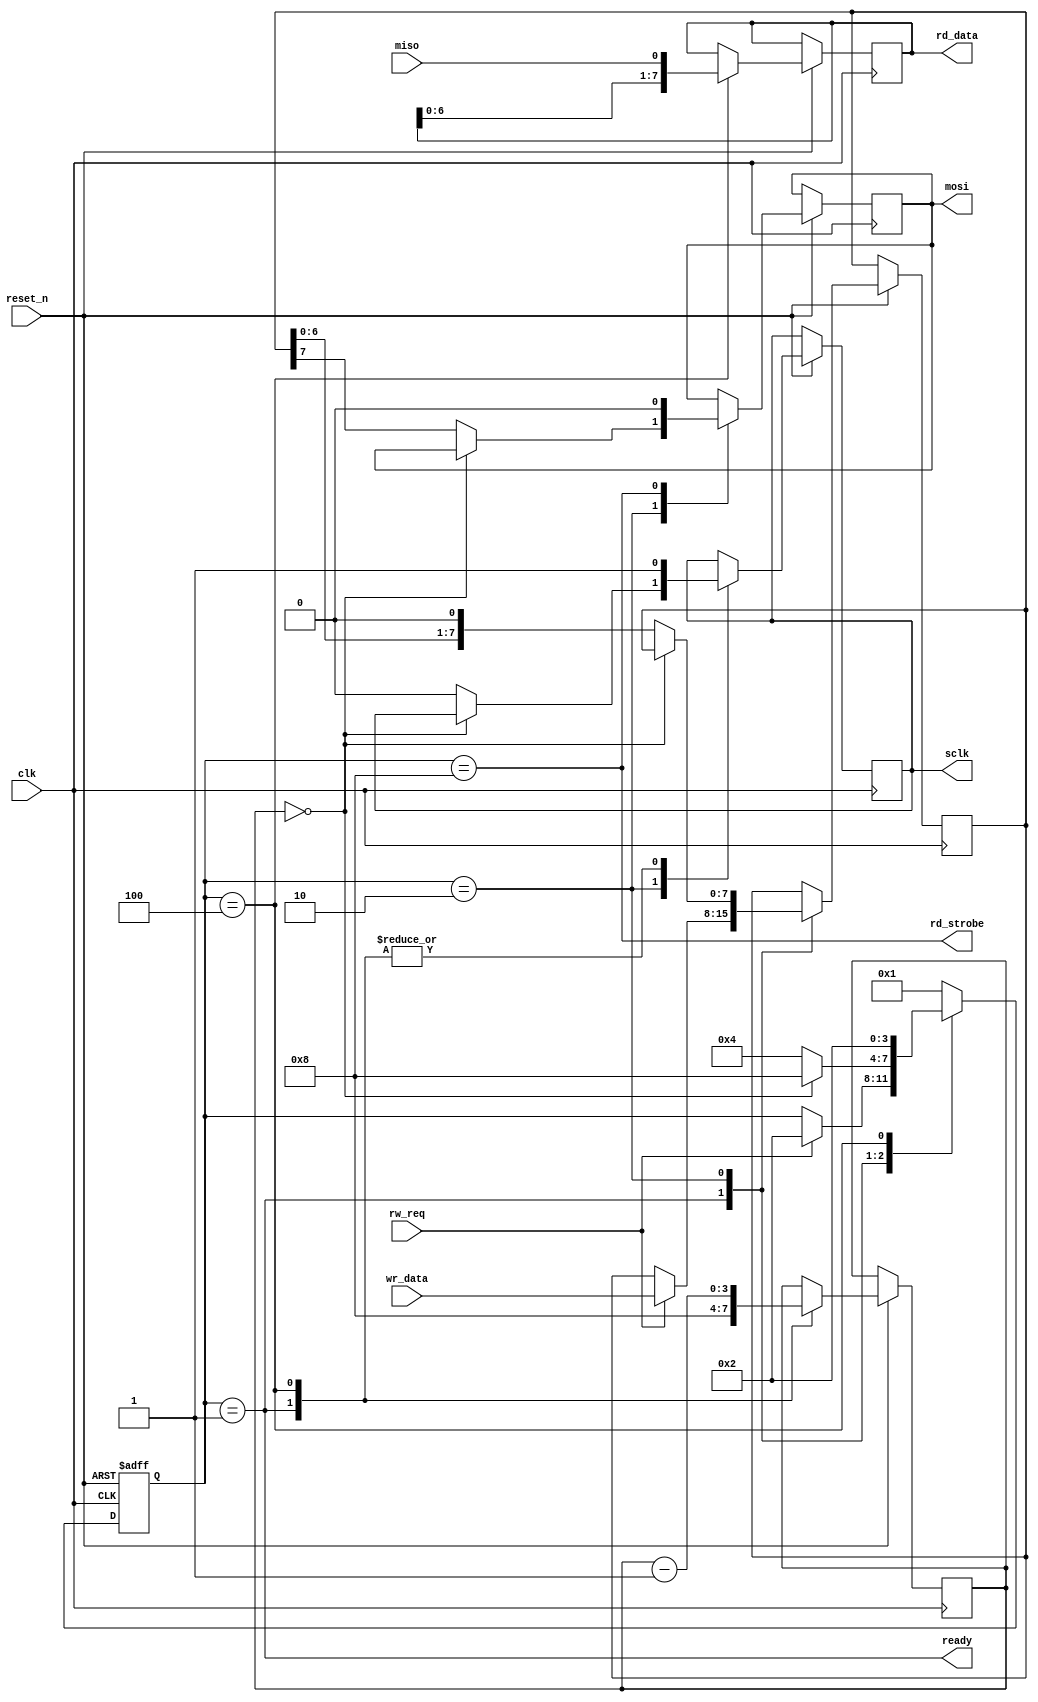
module mv_spimaster(
	input         clk,
	input         reset_n,
						
   // reading and writing happens simultaniously, triggered by rw request 
   input         rw_req,
   input [7:0]   wr_data,
   output reg [7:0]  rd_data,
   output        rd_strobe,
   output        ready,

	// IO pins
	output reg    sclk,
	output reg    mosi,
	input         miso
);
//----------------------------------------------------------------

reg [7:0]	wr_buf;
reg [3:0]   bit_cnt;
reg [3:0]  	state;

localparam 
    IDLE      = 4'd1,
    SHIFT_OUT = 4'd2,
    SHIFT_IN  = 4'd4,
    DONE      = 4'd8;

always@(posedge clk or negedge reset_n)
begin
	if (!reset_n)
	begin
		state <= IDLE;
	end
	else begin
     case (state)
  
     IDLE:
        begin
           sclk <= 1'b1;
           bit_cnt <= 4'd8;
           if (rw_req == 1'b1)
           begin
              wr_buf <= wr_data;
              state <= SHIFT_OUT;
           end
        end	

     SHIFT_OUT:
        begin
           if (bit_cnt == 4'd0)
           begin
              state <= DONE;
           end
           else
              begin
                  mosi <= wr_buf[7];	
                  wr_buf <= {wr_buf[6:0], 1'b0};
                  sclk <= 1'b0;
                  state <= SHIFT_IN; 
              end
        end

     SHIFT_IN:
        begin	
           rd_data <= {rd_data[6:0], miso};
           bit_cnt <= bit_cnt - 1'd1;
           sclk <= 1'b1;
           state <= SHIFT_OUT; 
        end

      DONE:
         begin
           mosi <= 1'd0;               
           state <= IDLE;
         end

     default:
        state <= IDLE;

     endcase
	end
end



assign ready = (state == IDLE);
assign rd_strobe = (state == DONE);

endmodule